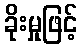
ခိုးမှုဖြင့်